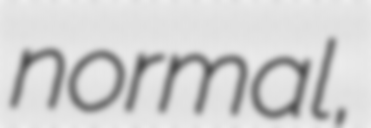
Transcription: normal,